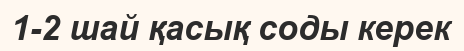
1-2 шай қасық соды керек